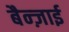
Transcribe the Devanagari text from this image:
बैन्ज़ाई